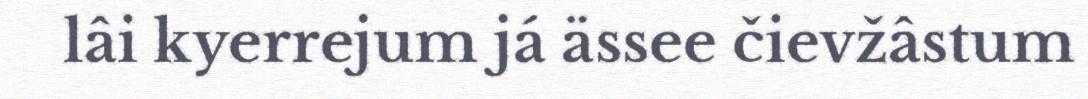
lâi kyerrejum já ässee čievžâstum